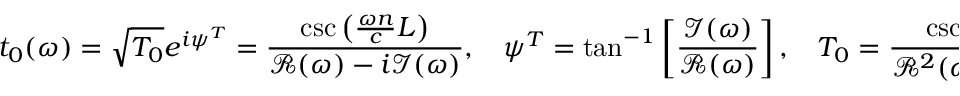
t _ { 0 } ( \omega ) = \sqrt { T _ { 0 } } e ^ { i \psi ^ { T } } = \frac { \csc \left( \frac { \omega n } { c } L \right) } { { \it \mathcal { R } } ( \omega ) - i { \it \mathcal { I } } ( \omega ) } , \ \ \ \ \psi ^ { T } = \tan ^ { - 1 } \left[ \frac { \mathcal { I } ( \omega ) } { \mathcal { R } ( \omega ) } \right] , \ \ \ \ T _ { 0 } = \frac { \csc ^ { 2 } \left( \frac { \omega n } { c } L \right) } { { \it \mathcal { R } } ^ { 2 } ( \omega ) + { \it \mathcal { I } } ^ { 2 } ( \omega ) } ,